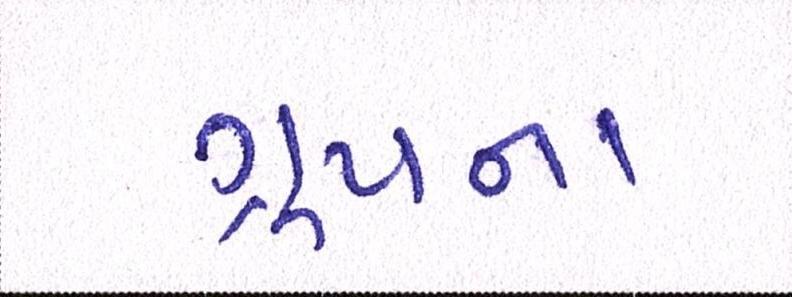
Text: ગ્રૂપના